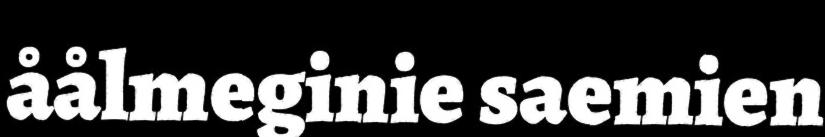
åålmeginie saemien